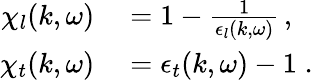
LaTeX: \begin{array}{rl}{\chi_{l}(k,\omega)}&{{}=1-\frac{1}{\epsilon_{l}(k,\omega)}\, ,}\\ {\chi_{t}(k,\omega)}&{{}=\epsilon_{t}(k,\omega)-1\; .}\end{array}